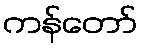
ကန်တော်